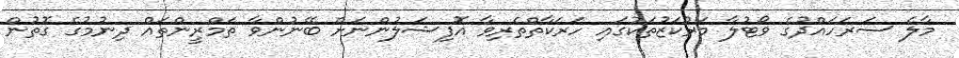
މާލެ ސަރަހައްދުގެ ވޯޓުލާ މަރުކަޒުތަކުގައި ހަރަކާތްތެރިވާ އޮފިޝަލުންނަށް ބޭނުންވާ ތަމްރީންތައް ދިނުމުގެ ގޮތުން